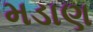
મડાણ